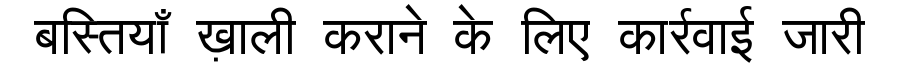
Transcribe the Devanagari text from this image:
बस्तियाँ ख़ाली कराने के लिए कार्रवाई जारी